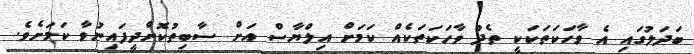
ބަދަލުގައި އެ ވާހަކަތަކަކީ ތެދު ވާހަކަތަކެއް ކަމަށް އިލްޔާސް އަށް ސާބިތުކޮށްދީފައިނުވާ ކަމަށެވެ.